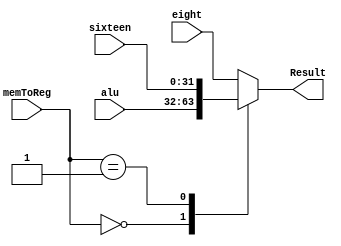
module MUX7(input [31:0] alu,eight,sixteen,
			input [1:0] memToReg,
			output reg [31:0] Result);
always @(*)
begin
	case (memToReg)
		//ALU Result
		2'b00: Result = alu;
		//16 bit sign extended
		2'b01: Result = sixteen;
		//8 bit zero extended : 10, 11
		default: Result = eight;
	endcase
end
endmodule